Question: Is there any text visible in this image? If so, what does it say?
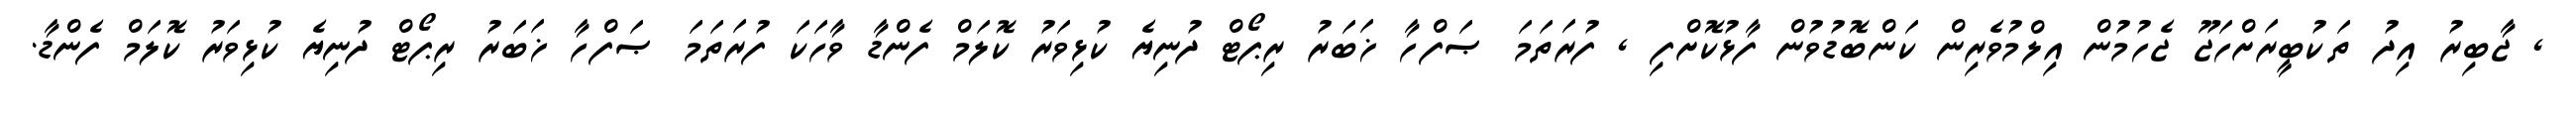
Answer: , ޖާބިރު އިދު ތަކުބީރަށްހަޖޫ ޖެހުމުން އިލްމުވެރިން ކަންބޮޑުވުން ފާޅުކޮށްފި , ފުރަތަމަ ޞަފްހާ ޚަބަރު ރިޕޯޓް ދުނިޔެ ކުޅިވަރު ކޮލަމް ފެންޑާ ވާހަކަ ފުރަތަމަ ޞަފްހާ ޚަބަރު ރިޕޯޓް ދުނިޔެ ކުޅިވަރު ކޮލަމް ފެންޑާ.